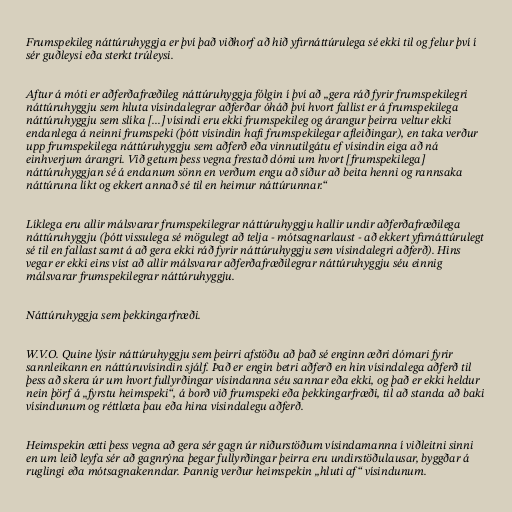
Frumspekileg náttúruhyggja er því það viðhorf að hið yfirnáttúrulega sé ekki til og felur því í
sér guðleysi eða sterkt trúleysi.

Aftur á móti er aðferðafræðileg náttúruhyggja fólgin í því að „gera ráð fyrir frumspekilegri
náttúruhyggju sem hluta vísindalegrar aðferðar óháð því hvort fallist er á frumspekilega
náttúruhyggju sem slíka [...] vísindi eru ekki frumspekileg og árangur þeirra veltur ekki
endanlega á neinni frumspeki (þótt vísindin hafi frumspekilegar afleiðingar), en taka verður
upp frumspekilega náttúruhyggju sem aðferð eða vinnutilgátu ef vísindin eiga að ná
einhverjum árangri. Við getum þess vegna frestað dómi um hvort [frumspekilega]
náttúruhyggjan sé á endanum sönn en verðum engu að síður að beita henni og rannsaka
náttúruna líkt og ekkert annað sé til en heimur náttúrunnar.“

Líklega eru allir málsvarar frumspekilegrar náttúruhyggju hallir undir aðferðafræðilega
náttúruhyggju (þótt vissulega sé mögulegt að telja - mótsagnarlaust - að ekkert yfirnáttúrulegt
sé til en fallast samt á að gera ekki ráð fyrir náttúruhyggju sem vísindalegri aðferð). Hins
vegar er ekki eins víst að allir málsvarar aðferðafræðilegrar náttúruhyggju séu einnig
málsvarar frumspekilegrar náttúruhyggju.

Náttúruhyggja sem þekkingarfræði.

W.V.O. Quine lýsir náttúruhyggju sem þeirri afstöðu að það sé enginn æðri dómari fyrir
sannleikann en náttúruvísindin sjálf. Það er engin betri aðferð en hin vísindalega aðferð til
þess að skera úr um hvort fullyrðingar vísindanna séu sannar eða ekki, og það er ekki heldur
nein þörf á „fyrstu heimspeki“, á borð við frumspeki eða þekkingarfræði, til að standa að baki
vísindunum og réttlæta þau eða hina vísindalegu aðferð.

Heimspekin ætti þess vegna að gera sér gagn úr niðurstöðum vísindamanna í viðleitni sinni
en um leið leyfa sér að gagnrýna þegar fullyrðingar þeirra eru undirstöðulausar, byggðar á
ruglingi eða mótsagnakenndar. Þannig verður heimspekin „hluti af“ vísindunum.